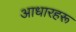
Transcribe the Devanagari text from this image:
आधारहरू